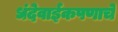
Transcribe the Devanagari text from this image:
धंदेवाईकपणाचे